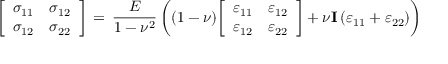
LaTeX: { \left[ \begin{array} { l l } { \sigma _ { 1 1 } } & { \sigma _ { 1 2 } } \\ { \sigma _ { 1 2 } } & { \sigma _ { 2 2 } } \end{array} \right] } \, = \, { \frac { E } { 1 - \nu ^ { 2 } } } \left( ( 1 - \nu ) { \left[ \begin{array} { l l } { \varepsilon _ { 1 1 } } & { \varepsilon _ { 1 2 } } \\ { \varepsilon _ { 1 2 } } & { \varepsilon _ { 2 2 } } \end{array} \right] } + \nu \mathbf { I } \left( \varepsilon _ { 1 1 } + \varepsilon _ { 2 2 } \right) \right)